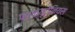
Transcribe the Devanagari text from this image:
पर्क्यूटेनियस